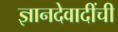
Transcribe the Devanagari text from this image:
ज्ञानदेवादींची